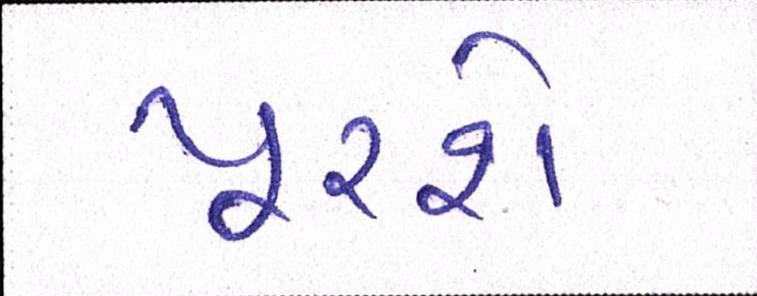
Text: પૂરશે